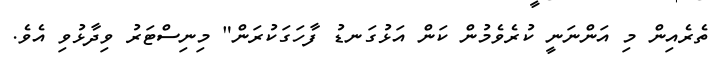
ތެރެއިން މި އަންނަނީ ކުރެވެމުން ކަން އަޅުގަނޑު ފާހަގަކުރަން" މިނިސްޓަރު ވިދާޅުވި އެވެ.